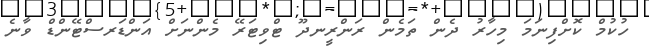
ހުކުމް ކޮށްފިނަމަ މިހާރު ދެން ތަމެން ރަންރީނދޫ ޓްވިޓަރޭ މެންނަށް އަންޑަރސްޓޭންޑް ވާނެ